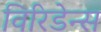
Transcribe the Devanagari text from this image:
विरिडेन्स